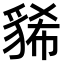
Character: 𧳐